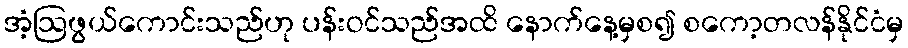
အံ့ဩဖွယ်ကောင်းသည်ဟု ပန်းဝင်သည်အထိ နောက်နေ့မှစ၍ စကော့တလန်နိုင်ငံမှ